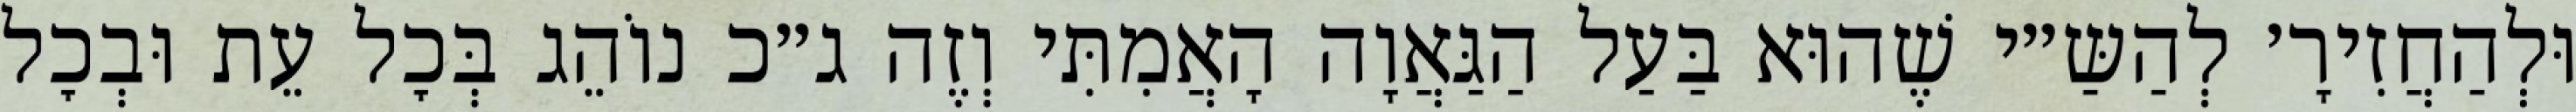
וּלְהַחֲזִירָ׳ לְהַשַּ״י שֶׁהוּא בַּעַל הַגַּאֲוָה הָאֲמִתִּי וְזֶה ג״כ נוֹהֵג בְּכׇל עֵת וּבְכׇל